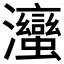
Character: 𭳹